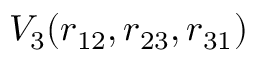
V _ { 3 } ( r _ { 1 2 } , r _ { 2 3 } , r _ { 3 1 } )